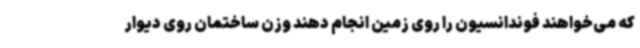
که می‌خواهند فوندانسیون را روی زمین انجام دهند وزن ساختمان روی دیوار